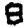
Digit: 8